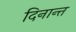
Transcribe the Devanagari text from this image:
दिनान्त